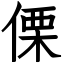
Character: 傈